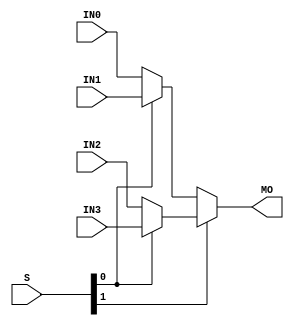
module cycloneive_mux41 (MO, IN0, IN1, IN2, IN3, S);
   input IN0;
   input IN1;
   input IN2;
   input IN3;
   input [1:0] S;
   output MO;
   wire IN0_in;
   wire IN1_in;
   wire IN2_in;
   wire IN3_in;
   wire S1_in;
   wire S0_in;
   buf(IN0_in, IN0);
   buf(IN1_in, IN1);
   buf(IN2_in, IN2);
   buf(IN3_in, IN3);
   buf(S1_in, S[1]);
   buf(S0_in, S[0]);
   wire   tmp_MO;
   specify
      (IN0 => MO) = (0, 0);
      (IN1 => MO) = (0, 0);
      (IN2 => MO) = (0, 0);
      (IN3 => MO) = (0, 0);
      (S[1] => MO) = (0, 0);
      (S[0] => MO) = (0, 0);
   endspecify
   assign tmp_MO = S1_in ? (S0_in ? IN3_in : IN2_in) : (S0_in ? IN1_in : IN0_in);
   buf (MO, tmp_MO);
endmodule